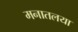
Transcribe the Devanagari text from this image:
मनातलया